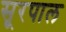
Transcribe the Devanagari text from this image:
सूरपाल